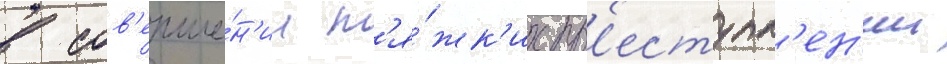
в сов'ерше́н'ии т'я́жк'их пр'еступл'ен'ии